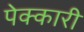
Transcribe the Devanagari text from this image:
पेक्कारी